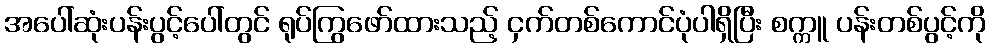
အပေါ်ဆုံးပန်းပွင့်ပေါ်တွင် ရုပ်ကြွဖော်ထားသည့် ငှက်တစ်ကောင်ပုံပါရှိပြီး စက္ကူ ပန်းတစ်ပွင့်ကို